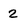
Character: 2